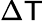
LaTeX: \Delta\mathsf{T}